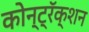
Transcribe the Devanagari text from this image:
कोन्ट्रॅक्शन